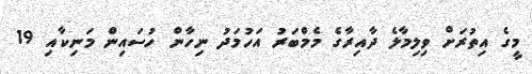
މީގެ އިތުރަށް ވިލިމާލެ ދާއިރާގެ މެމްބަރު އަހުމަދު ނިހާން ހުސައިން މަނިކާއި 19